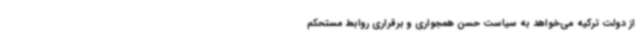
از دولت ترکیه می‌خواهد به سیاست حسن همجواری و برقراری روابط مستحکم